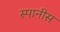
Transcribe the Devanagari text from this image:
स्पानीस